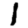
Digit: 1